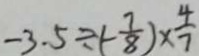
- 3 . 5 \div ( - \frac { 7 } { 8 } ) \times \frac { 4 } { 7 }